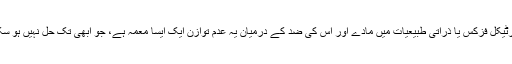
پارٹیکل فزکس یا ذراتی طبیعیات میں مادے اور اس کی ضد کے درمیان یہ عدم توازن ایک ایسا معمہ ہے، جو ابھی تک حل نہیں ہو سکا۔